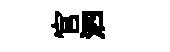
官泗